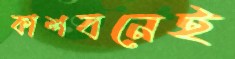
কাশবনেই